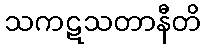
သကဋသတာနီတိ